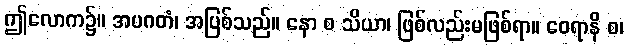
ဤလောက၌။ အပဂတံ၊ အပြစ်သည်။ နော စ သိယာ၊ ဖြစ်လည်းမဖြစ်ရာ။ ဝေရာနိ စ၊